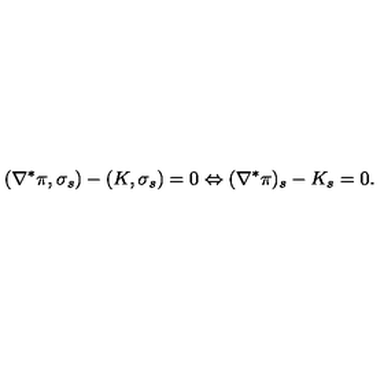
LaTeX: ( \nabla ^ { \ast } \pi , \sigma _ { s } ) - ( K , \sigma _ { s } ) = 0 \Leftrightarrow ( \nabla ^ { \ast } \pi ) _ { s } - K _ { s } = 0 .